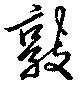
敦